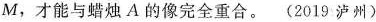
M，才能与蜡烛A的像完全重合。(2019泸州)